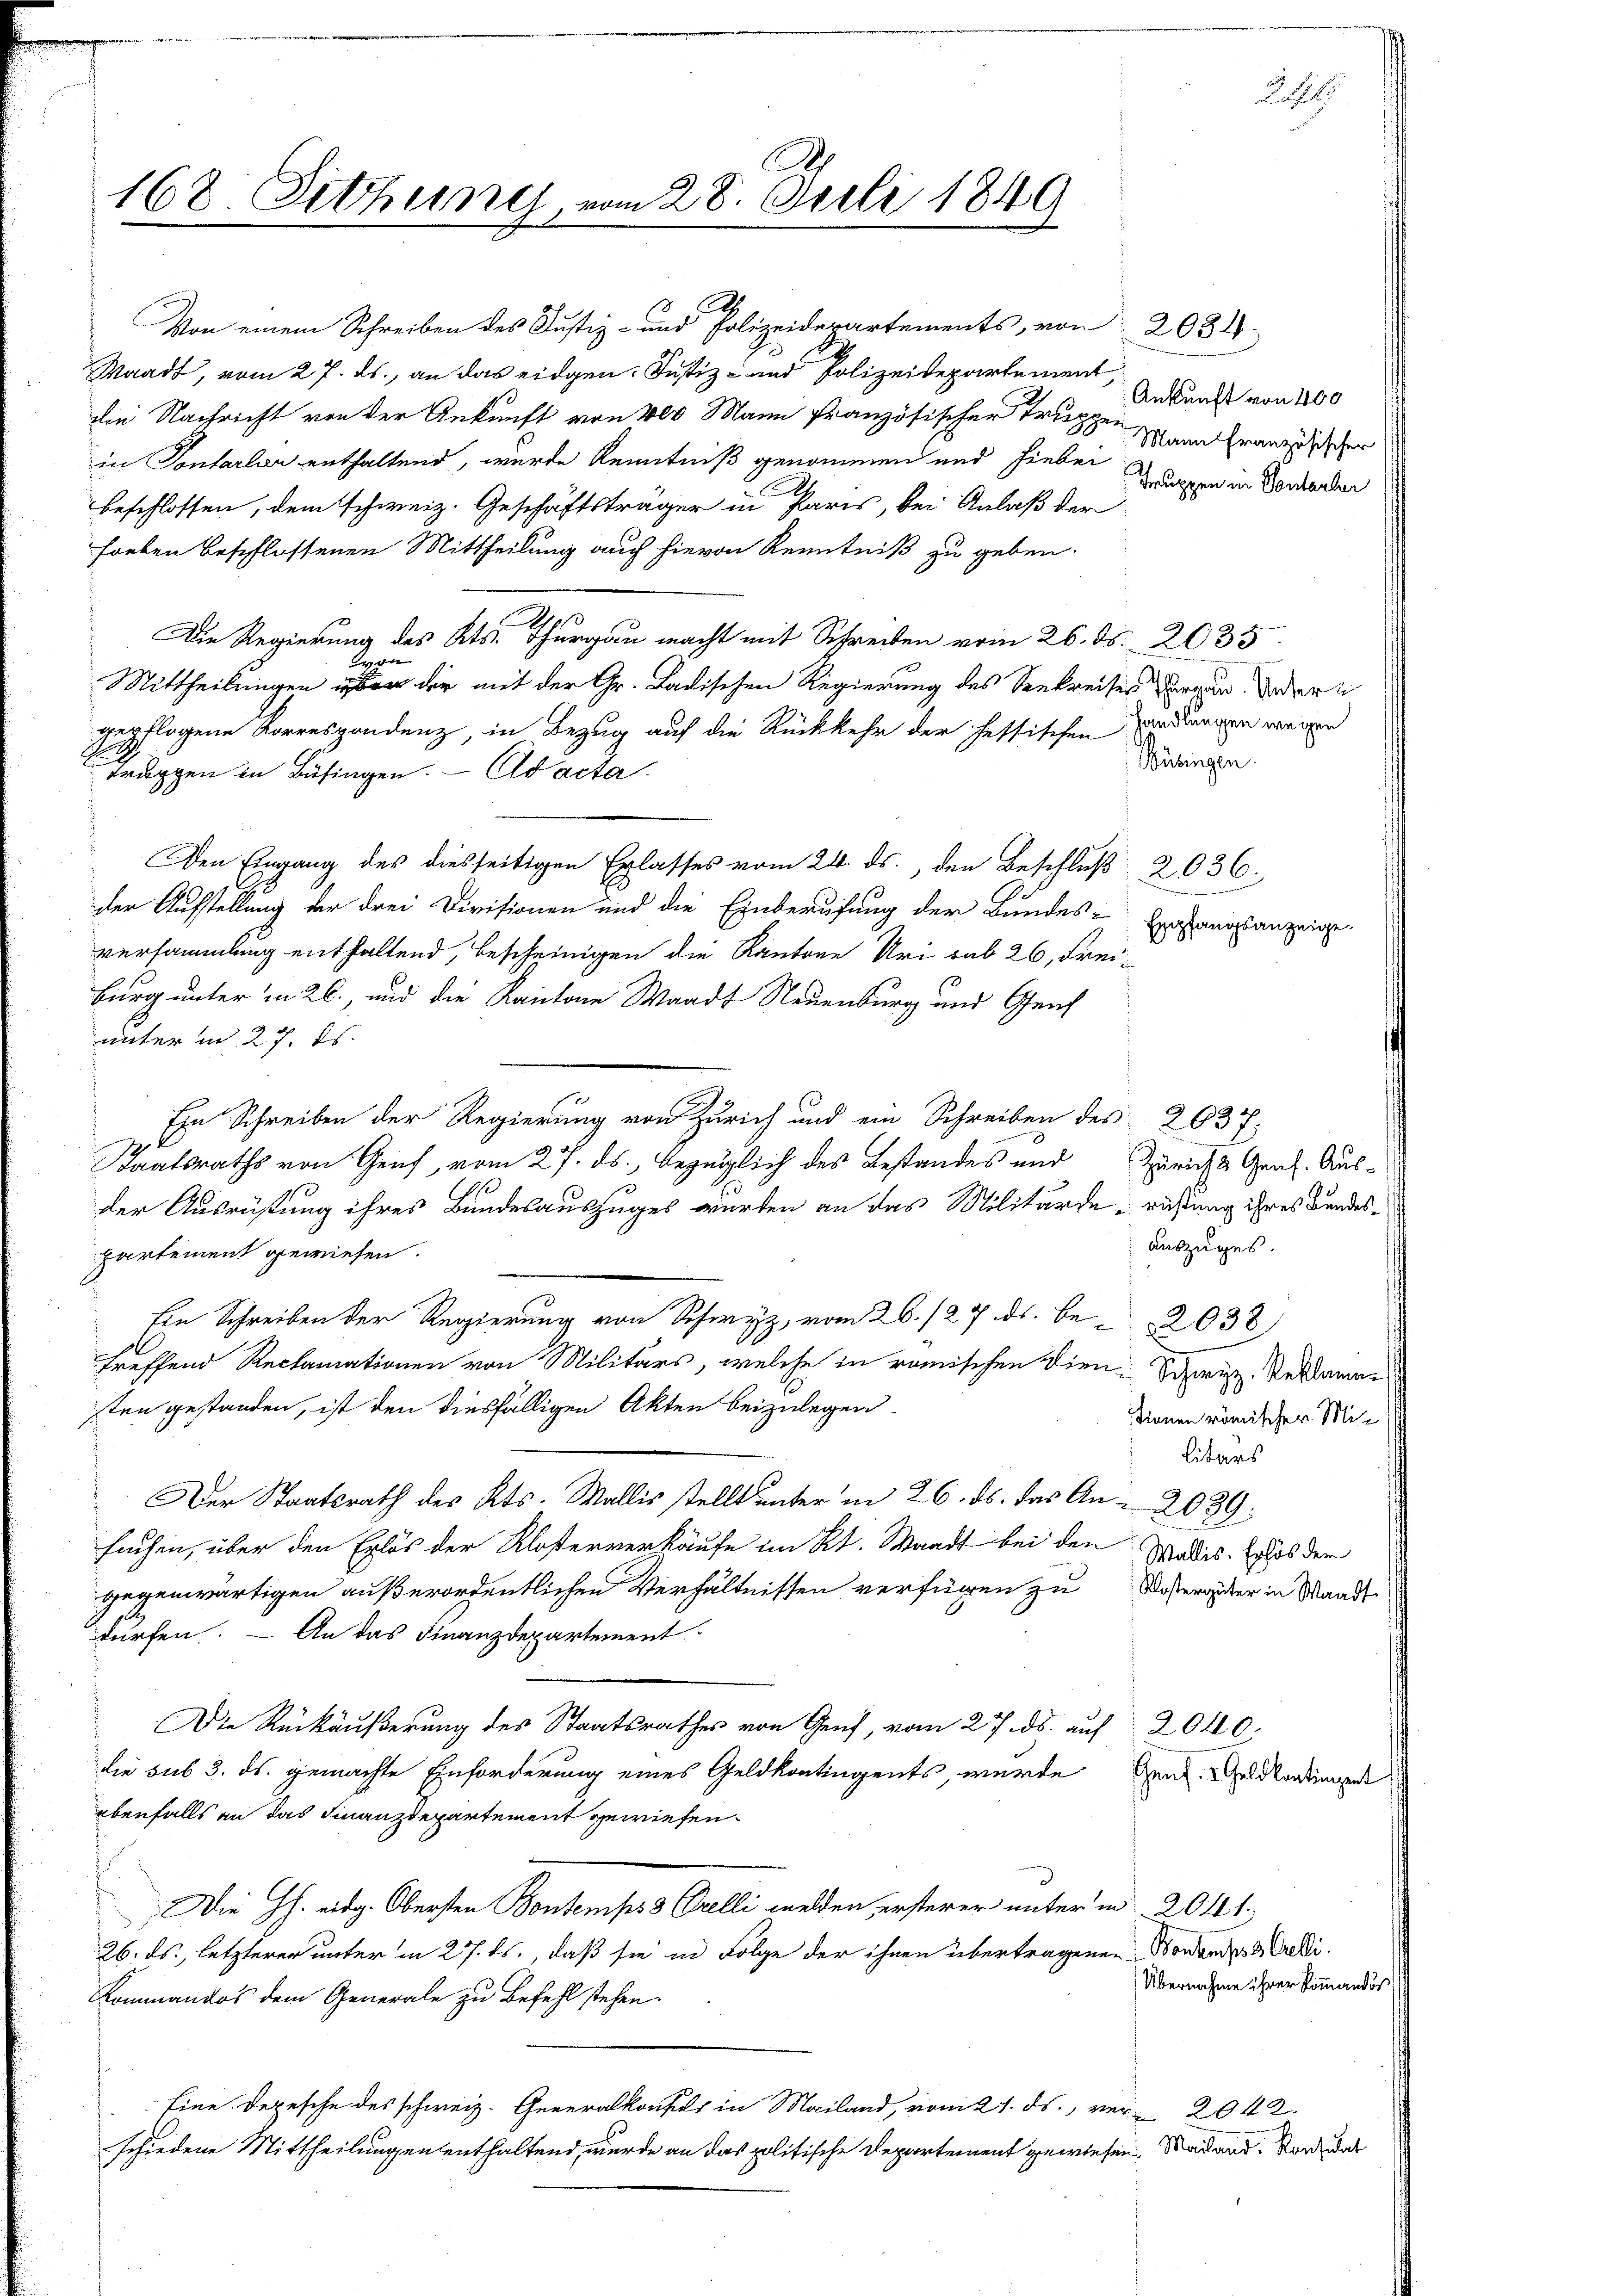
168. Setzung vom 28. Juli 1849

Waadt, vom 27. ds., an das eidgen. Justiz- und Polizeidepartement
lin Nachricht von der Ankunft von 400 Mann französischer Truppen
in Pontarlan enthaltend, wurde Kenntniß genommen und hiebei
beschlossen, dem schweiz. Geschäftsträger in Paris, bei Anlaß der
foeben beschlossenen Mittheilung auch hievon Kenntniß zu geben.
Die Regierung des Kts. Thurgau macht mit Schreiben vom 26. d. 2035.
von
Mittheilungen über der mit der Gr. Ladischen Regierung des Seekreises dargen. Indern
gepflogene Korrespondenz in Bezug auf die Rückkehr der heftischen indungen wegen
Bübingen.
Truppen in Büsingen. Ad acta.
Den Eingang des diesseitigen Erlasses vom 24. ds., den Beschluß 2036.
der Aufstellung der drei Divisionen und die Einberufung der Bundes-
Empfangsanzeige.
versammlung enthaltend, bescheinigen die Kantone Uri sub 26, Freiburg unter in 26., und die Kantone Waadt Neuenburg und Genf
unter in 27. ds.
Ein Schreiben der Regierung von Zürich und ein Schreiben des 203 f.
Staatsraths von Genf, vom 27. ds., bezüglich des Bestandes und Züricht Genf. Ausder Ausrüstung ihres Bundesauszuges werden an das Militärde rüstung ihres Bandesauszuges.
partement gewiesen.
Ein Schreiben der Regierung von Schwyz, vom 26./27. ds. B. 2038
treffend Reclamationen von Militärs, welche in römischen Dien-Schweiz. Restammten gestanden, ist den diesfälligen Akten beizulegen.
tionen römischer Mili
litärs
Der Staatsrath des Kts. Wallis stellt unter in 26. ds. das An- 2089:
suchen, über den Erlös der Klosterverkäufe im Kt. Waadt bei den
Wallis. Erlös der
gegenwärtigen außerordentlichen Verhältnissen verfügen zu Wasserger in Waadt
dürfen. — An das Finanzdepartement
Die Rückäußerung des Staatsrathes von Genf, vom 27. ds. auf 2010.
die sub 3. ds. gemachte Einforderung eines Geldkontingents, wurde
Genf. 2. Geld kontingent
ebenfalls an das Finanzdepartement gewiesen.
Die h. eidg. Obersten Bontemps 3 Orelli melden ersterer unter und 2041.
26. ds., letzterer unter in 27. ds., daß sie in Folge der ihnen übertragenen Bordenden Credi¬
Übernahme ihrer Kommandos
Kommandos dem Generale zu Befehl stehen.
Eine Depesche des schweiz. Generalkonsuls in Mailand, vom 21. ds., ver-2042.
schiedene Mittheilungen enthaltend, wurde an das politische Departement gewiesen. Madand, sonal

3 A
Von einem Schreiben des Justiz- und Polizeidepartements, von 2084

Ankunft von 400
Mann französischer
Truppen in Vontarler

24